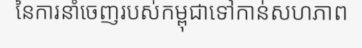
នៃការនាំចេញរបស់កម្ពុជាទៅកាន់សហភាព